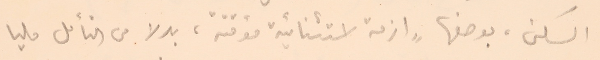
السكن، بوصفها ازمة استثنائية مؤقتة، بدلا من التأمل مليا